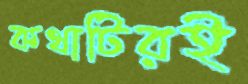
কথাটিরই